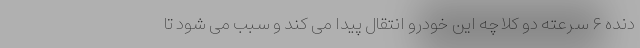
دنده ۶ سرعته دو کلاچه این خودرو انتقال پیدا می کند و سبب می شود تا